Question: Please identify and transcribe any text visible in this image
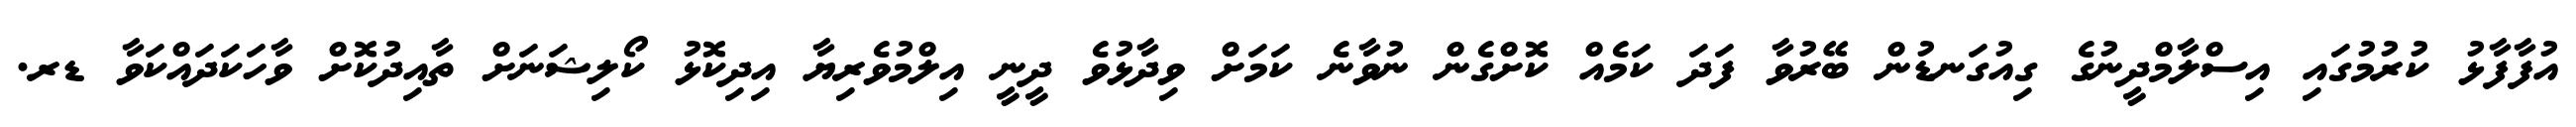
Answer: އުފާފާޅު ކުރުމުގައި އިސްލާމްދީނުގެ ގިއުގަނޑުން ބޭރުވާ ފަދަ ކަމެއް ކޮށްގެން ނުވާނެ ކަމަށް ވިދާޅުވެ ދީނީ އިލްމުވެރިޔާ އިދިކޮޅު ކޯލިޝަނަށް ތާއިދުކޮށް ވާހަކަދައްކަވާ ޑރ.